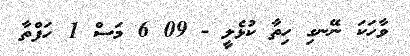
ވާހަކަ ނޭނގި ހިތާ ކުޅެލީ - 09 6 މަސް 1 ހަފްތާ